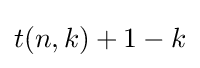
t(n,k)+1-k